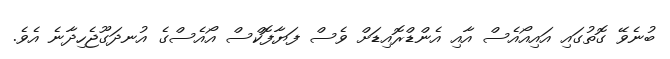
ބުނެވޭ ގޮތުގައި އައިއޯއެސް އާއި އެންޑްރޮއިޑަށް ވެސް ފަޔާފޮކްސް އޯއެސްގެ އުނދަގޫޖެހިދާނެ އެވެ.